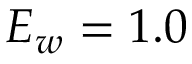
E _ { w } = 1 . 0